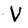
Character: V